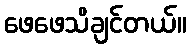
ဖေဖေသိချင်တယ်။